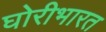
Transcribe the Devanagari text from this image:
घोरीभारत